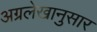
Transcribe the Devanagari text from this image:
अग्रलेखानुसार